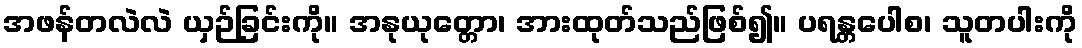
အဖန်တလဲလဲ ယှဉ်ခြင်းကို။ အနုယုတ္တော၊ အားထုတ်သည်ဖြစ်၍။ ပရန္တပေါစ၊ သူတပါးကို